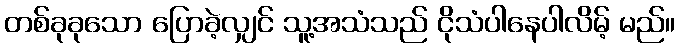
တစ်ခုခုသော ပြောခဲ့လျှင် သူ့အသံသည် ငိုသံပါနေပါလိမ့် မည်။